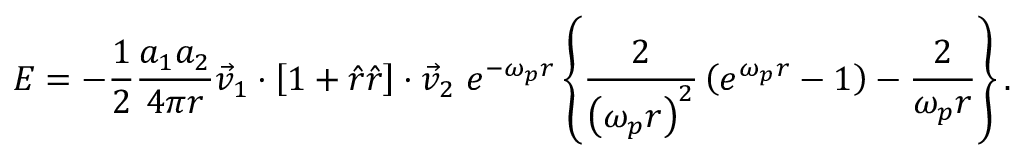
E = - { \frac { 1 } { 2 } } { \frac { a _ { 1 } a _ { 2 } } { 4 \pi r } } { \vec { v } } _ { 1 } \cdot \left[ 1 + { \hat { r } } { \hat { r } } \right] \cdot { \vec { v } } _ { 2 } \; e ^ { - \omega _ { p } r } \left\{ { \frac { 2 } { \left( \omega _ { p } r \right) ^ { 2 } } } \left( e ^ { \omega _ { p } r } - 1 \right) - { \frac { 2 } { \omega _ { p } r } } \right\} .